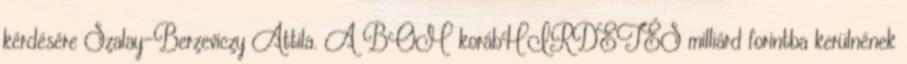
kérdésére Szalay-Berzeviczy Attila. A BOM korábHIRDETÉS milliárd forintba kerülnének